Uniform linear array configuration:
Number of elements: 48
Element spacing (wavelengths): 1
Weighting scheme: hamming
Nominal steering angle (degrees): -15
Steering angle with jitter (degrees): -14.491
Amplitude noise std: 0.05
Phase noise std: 0.05

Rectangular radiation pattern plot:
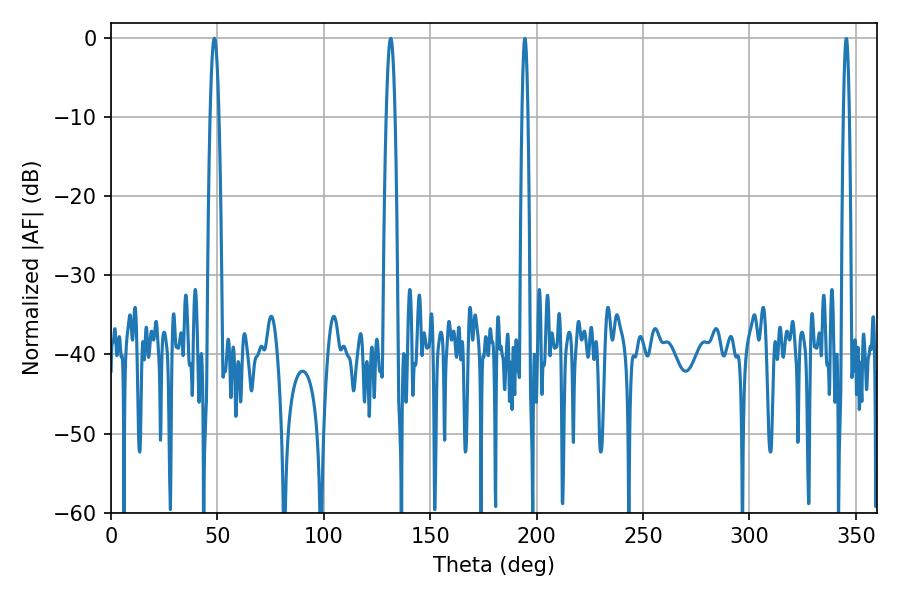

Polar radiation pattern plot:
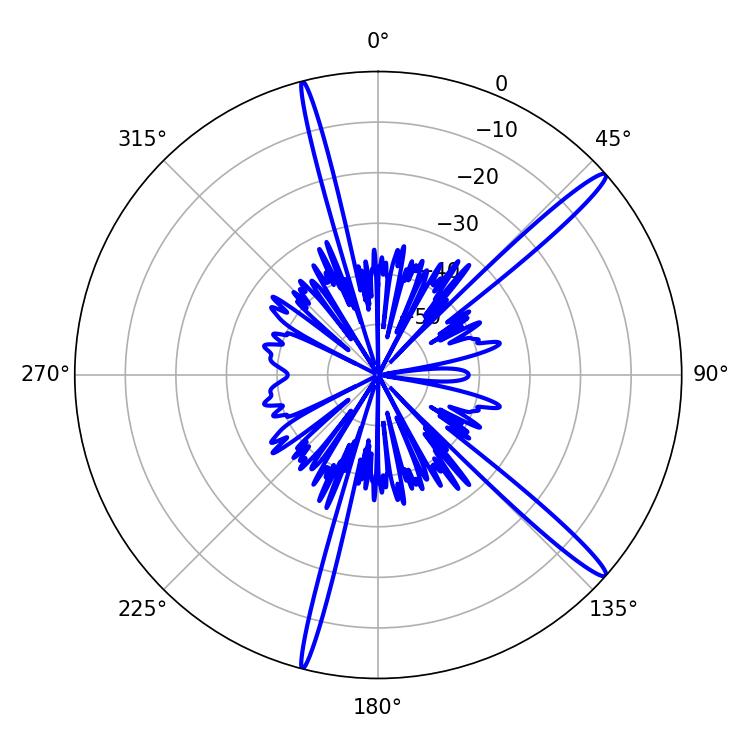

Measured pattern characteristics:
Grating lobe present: TRUE
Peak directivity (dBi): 15.972
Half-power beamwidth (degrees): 2.16
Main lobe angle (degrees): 48.6